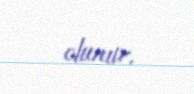
olunur.